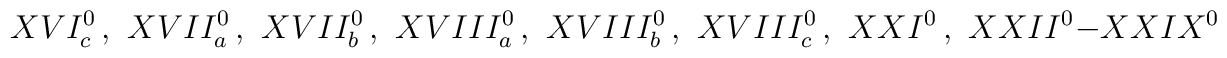
XVI^0_{c}\,,\,\,XVII^0_{a}\,,\,\,XVII^0_{b}\,,\,\,XVIII^0_{a}\,,\,\,XVIII^0_{b}\,,\,\,XVIII^0_{c}\,,\,\,XXI^0\,,\,\,XXII^0-XXIX^0\,\,